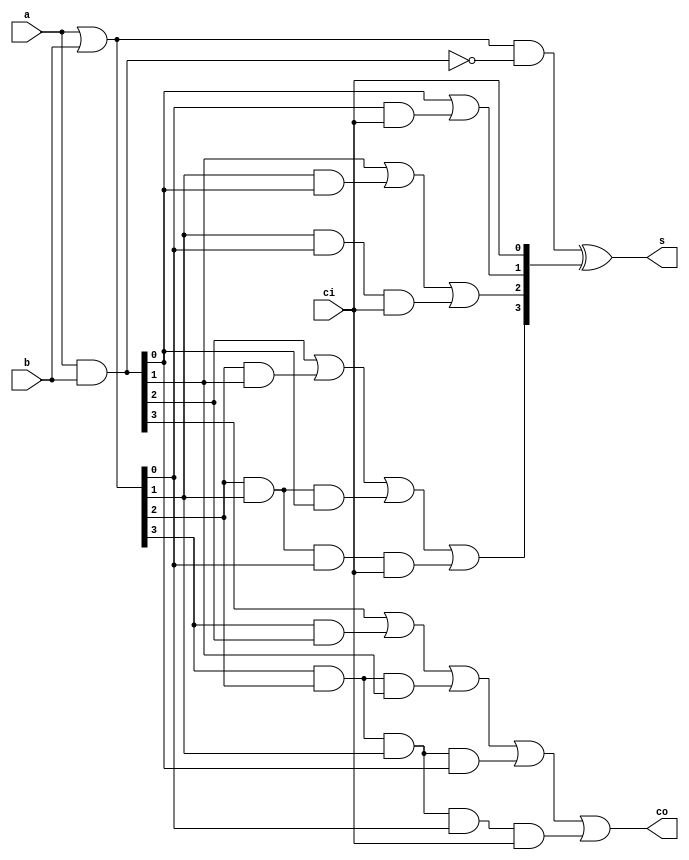
module adder_4bits(
	a,
	b,
	ci,
	s,
	co );
	
	input [3 : 0] a;
	input [3 : 0] b;
	input ci;
	output [3 : 0] s;
	output co;
	wire [3 : 0] g;
	wire [3 : 0] p;
	wire [2 : 0] c;

	
	assign g = a & b;
	assign p = a | b;
	
	assign c[0] = g[0] | (p[0] & ci);
	assign c[1] = g[1] | (p[1] & g[0]) | (p[1] & p[0] & ci);
	assign c[2] = g[2] | (p[2] & g[1]) | (p[2] & p[1] & g[0]) | (p[2] & p[1] & p[0] & ci);
	assign co = g[3] | (p[3] & g[2]) | (p[3] & p[2] & g[1]) | (p[3] & p[2] & p[1] & g[0]) | (p[3] & p[2] & p[1] & p[0] & ci);
	
	assign s = (p & ~g) ^ {c[2 : 0], ci};
	
	
endmodule